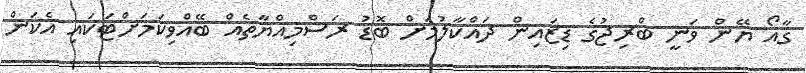
ގާއޯ ޔޭން ވަނީ ބްރިޖުގެ ޑިޒައިން ދައްކާލުމަށް ބޮޑު ރަސްމިއްޔާތެއް ބޭއްވިކަމަށްޓަކައި އެކަން